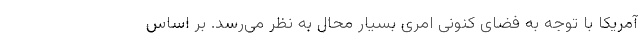
آمریکا با توجه به فضای کنونی امری بسیار محال به نظر می‌رسد. بر اساس